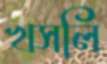
খসলি